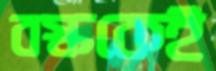
বস্ককেই